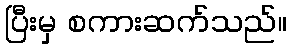
ပြီးမှ စကားဆက်သည်။